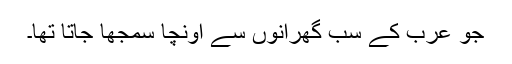
جو عرب کے سب گھرانوں سے اونچا سمجھا جاتا تھا۔